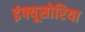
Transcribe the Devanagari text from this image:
इंफ्यूसोरिया